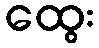
ထွေး